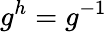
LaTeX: g^{h}=g^{-1}